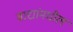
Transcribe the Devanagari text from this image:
वाद्यांमधील